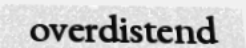
overdistend